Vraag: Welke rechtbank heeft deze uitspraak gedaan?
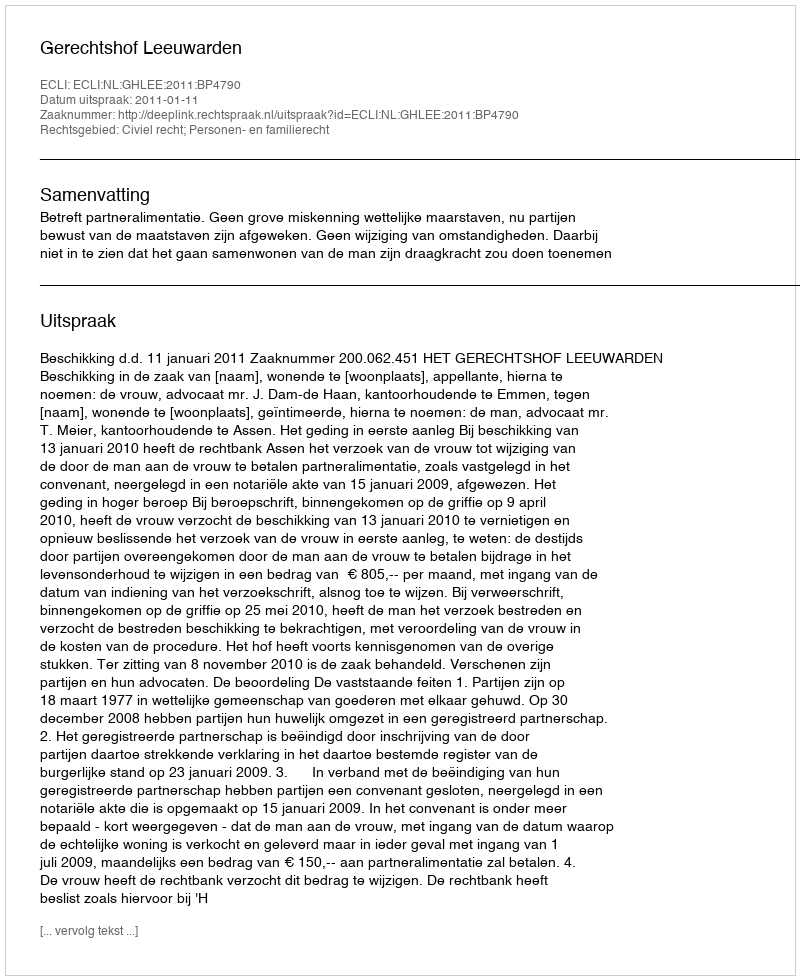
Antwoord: Gerechtshof Leeuwarden